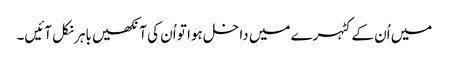
میں اُن کے کٹہرے میں داخل ہوا تو اُن کی آنکھیں باہر نکل آئیں۔